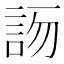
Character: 𧦯